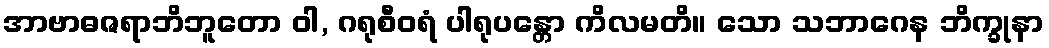
အာဗာဓဇရာဘိဘူတော ဝါ, ဂရုစီဝရံ ပါရုပန္တော ကိလမတိ။ သော သဘာဂေန ဘိက္ခုနာ